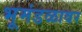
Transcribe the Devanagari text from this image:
भूमंडळावर